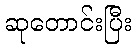
ဆုတောင်းပြီး